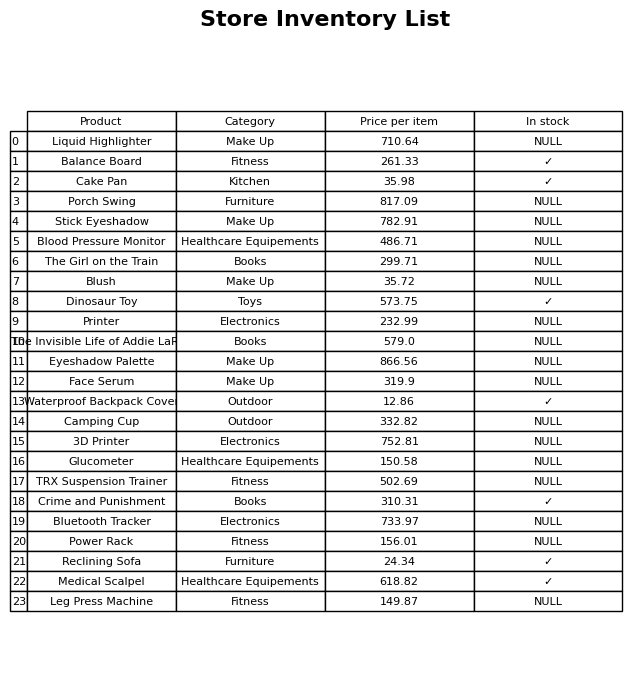
question: Is the The Girl on the Train in stock?
answer: NULL